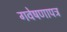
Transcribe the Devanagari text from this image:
गवेषणापत्र